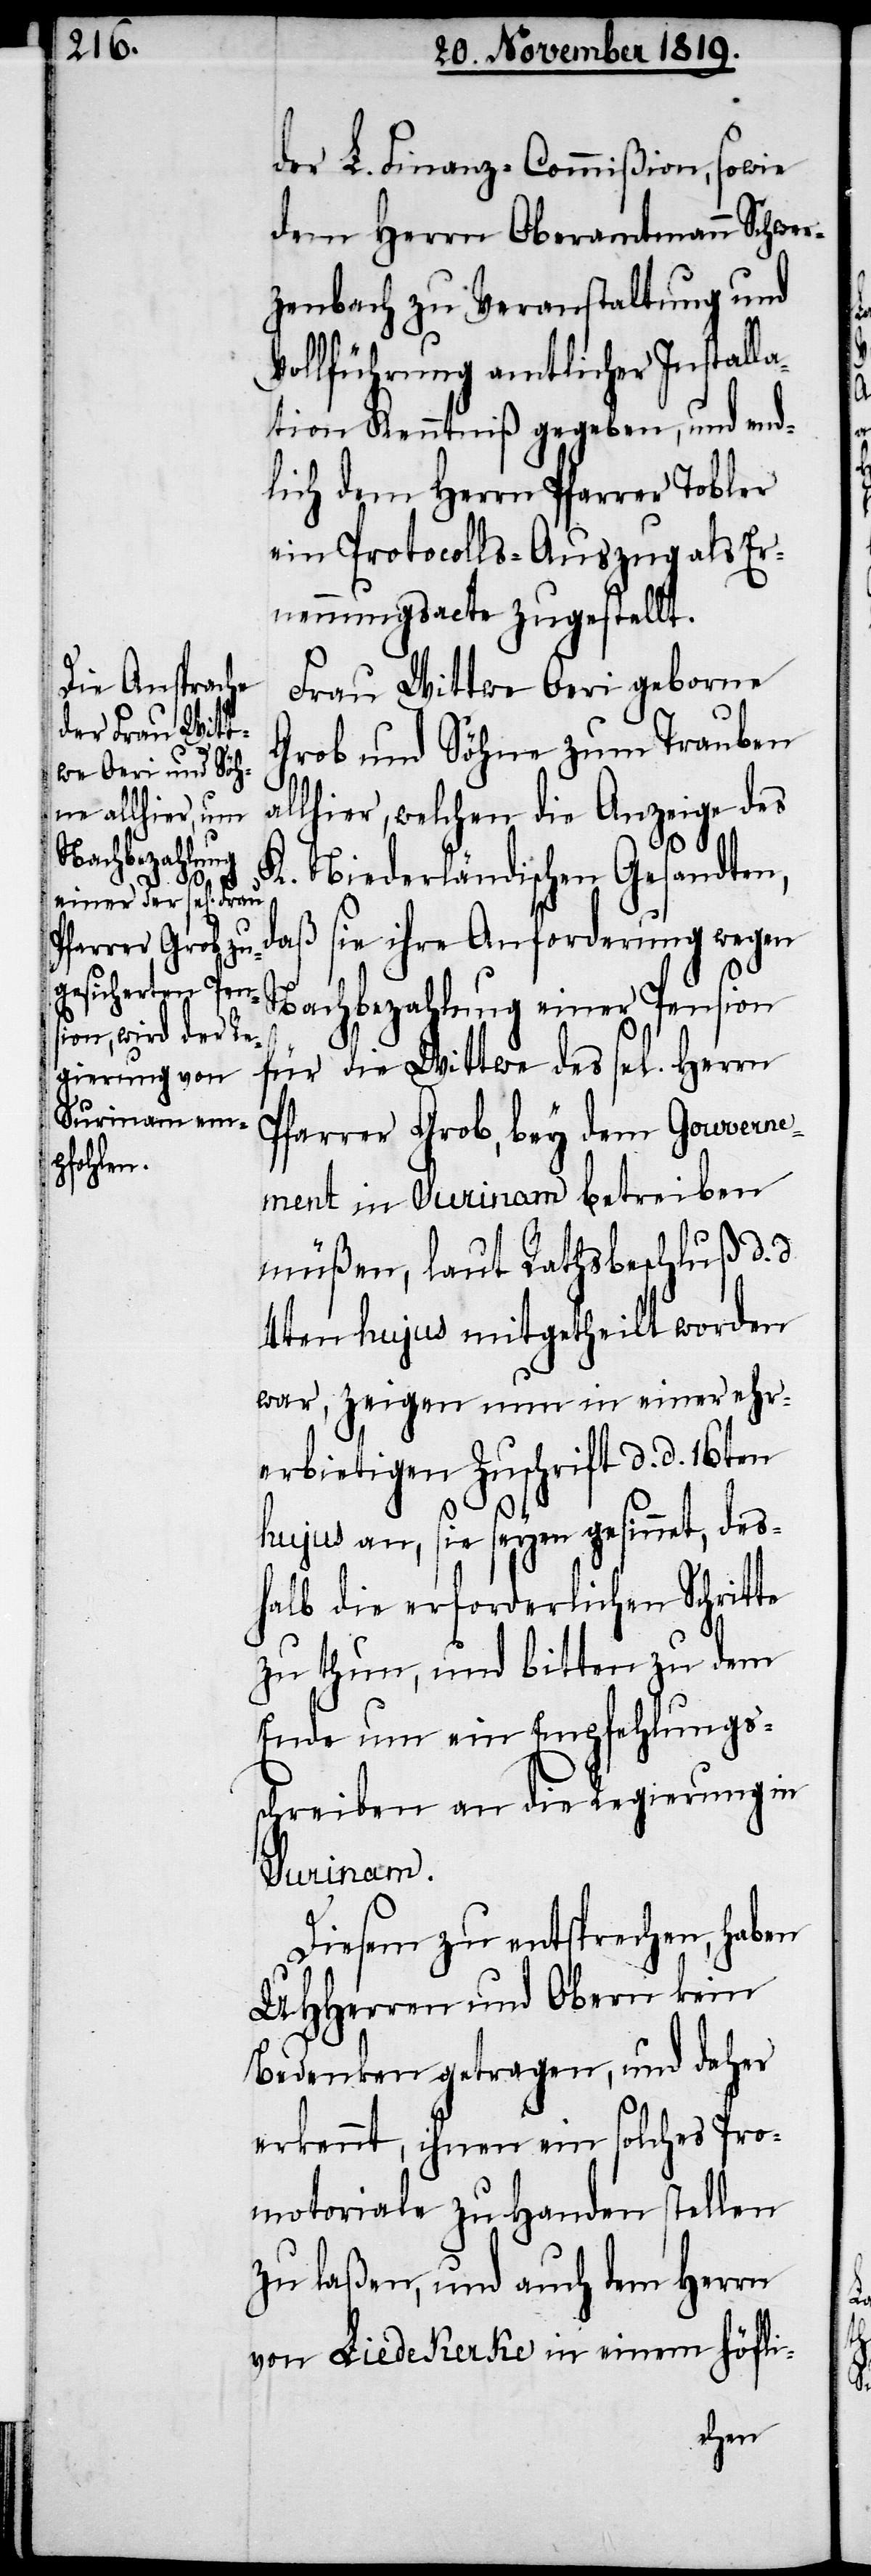
der L. Finanz-Commißion, sowie
dem Herrn Oberamtmann Schwer¬
zenbach zu Veranstaltung und
Vollführung amtlicher Installa¬
tion Kenntniß gegeben, und end¬
lich dem Herrn Pfarrer Tobler
ein Protocolls-Auszug als Er¬
nennungsacte zugestellt.
Frau Wittwe Oeri geborne
Grob und Söhne zum Trauben
allhier, welchen die Anzeige des
K. Niederländischen Gesandten,
daß sie ihre Anforderung wegen
Nachbezahlung einer Pension
für die Wittwe des sel. Herrn
Pfarrer Grob, bey dem Gouverne¬
ment in Surinam betreiben
müßen, laut Rathsbeschluß d. d.
4ten hujus mitgetheilt worden
war, zeigen nun in einer ehr¬
erbietigen Zuschrift d. d. 16ten
hujus an, sie seyen gesinnet, des¬
halb die erforderlichen Schritte
zu thun, und bitten zu dem
Ende um ein Empfehlungs¬
schreiben an die Regierung in
Surinam.
Diesem zu entsprechen, haben
UHHerren und Obern kein
Bedenken getragen, und daher
erkennt, ihnen ein solches Pro¬
motoriale zu Handen stellen
zu laßen, und auch dem Herrn
von Liedekerke in einem höfli-